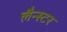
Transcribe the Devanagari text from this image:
लैन्स्टर